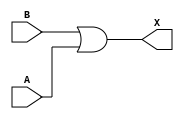
/*
`ifndef SKY130_FD_SC_HD__OR2_FUNCTIONAL_V
`define SKY130_FD_SC_HD__OR2_FUNCTIONAL_V

`timescale 1ns / 1ps
`default_nettype none
*/




module sky130_fd_sc_hd__or2_1(
	X,
	A,
	B);
/*
output X;
input A;
input B;

or or0(X,A,B);
*/

// Module ports
    output X;
    input  A;
    input  B;

    // Local signals
    wire or0_out_X;

    //  Name  Output     Other arguments
    or  or0  (or0_out_X, B, A           );
    buf buf0 (X        , or0_out_X      );

endmodule

/*
`default_nettype wire
`endif  // SKY130_FD_SC_HD__OR2_FUNCTIONAL_V
*/